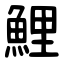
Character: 鯉